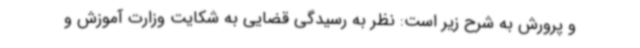
و پرورش به شرح زیر است: نظر به رسیدگی قضایی به شکایت وزارت آموزش و